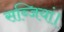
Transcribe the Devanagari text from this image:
सब्जियां।